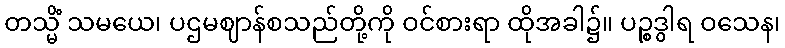
တသ္မိံ သမယေ၊ ပဌမဈာန်စသည်တို့ကို ဝင်စားရာ ထိုအခါ၌။ ပဉ္စဒွါရ ဝသေန၊